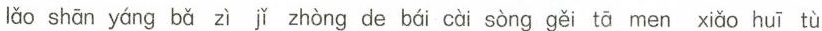
lǎo shān yáng bǎ zì jǐ zhòng de bái cài sòng gěi tā men xiǎo huī tù